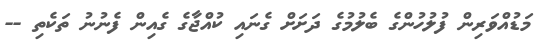
މަޑުއްވަރިން ފުލުހުންގެ ބެލުމުގެ ދަށަށް ގެނައި ކުއްޖާގެ ގެއިން ފެނުނު ތަކެތި --